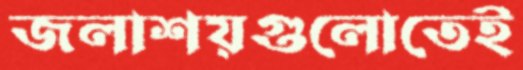
জলাশয়গুলোতেই